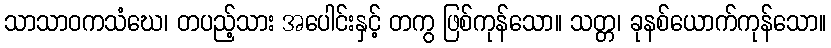
သာသာဝကသံဃေ၊ တပည့်သား အပေါင်းနှင့် တကွ ဖြစ်ကုန်သော။ သတ္တ၊ ခုနစ်ယောက်ကုန်သော။